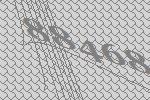
88468